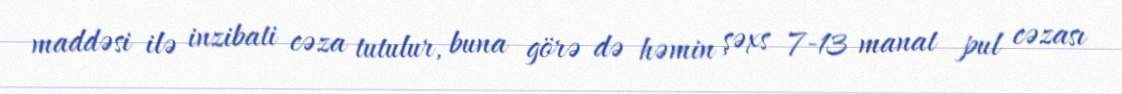
maddəsi ilə inzibati cəza tutulur, buna görə də həmin şəxs 7-13 manat pul cəzası